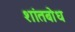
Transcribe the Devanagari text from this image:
शांतबोध